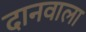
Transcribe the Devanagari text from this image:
दानवाला